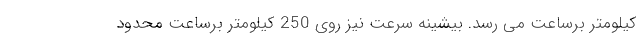
کیلومتر برساعت می رسد. بیشینه سرعت نیز روی 250 کیلومتر برساعت محدود